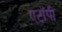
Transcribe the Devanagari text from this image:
एटॉपी